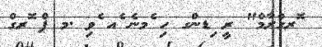
ޮރގްރާމް" ރީ ިޑންގ ހި ެމނެ ެއ ެވި .މ ޕް ޮރގް